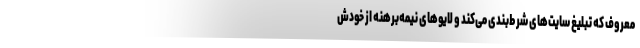
معروف که تبلیغ سایت‌های شرط‌بندی می‌کند و لایوهای نیمه‌برهنه از خودش